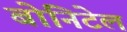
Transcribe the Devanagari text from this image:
बोनिटेल